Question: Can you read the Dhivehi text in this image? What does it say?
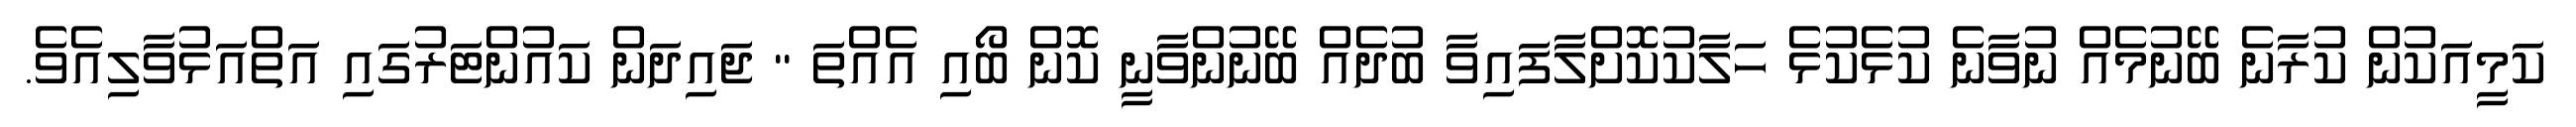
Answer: ކަމީއަކުން ކުރާނެ ބޭނުމެއް ނުވާނެ ކުޅެކުޅެ ހަލާކުކޮށްލާފައިވާ ބުދެއް ބޭނުންވާނީ ކޮން ބޯއި އެއްތަ " ޖައިދަން ކައުންޓަރުގައި އަތްއަޅުވާލިއެވެ.